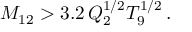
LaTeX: M _ { 1 2 } > 3 . 2 \, Q _ { 2 } ^ { 1 / 2 } T _ { 9 } ^ { 1 / 2 } \, .